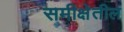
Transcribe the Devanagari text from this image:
समीक्षेतील